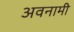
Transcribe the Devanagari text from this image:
अवनामी